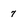
Character: 7